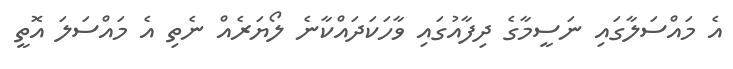
އެ މައްސަަލާގައި ނަސީމާގެ ދިފާއުގައި ވާހަކަދައްކާނެ ލޯޔަރެއް ނެތި އެ މައްސަލަ އޮތީ